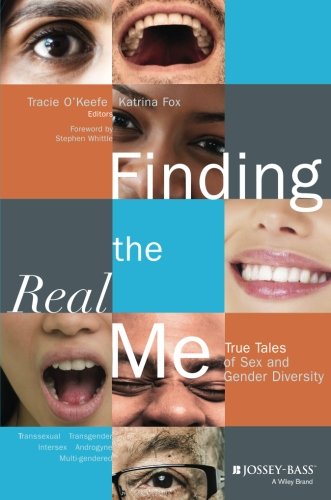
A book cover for Finding the Real Me: True Tales of Sex and Gender Diversity; Gay & Lesbian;